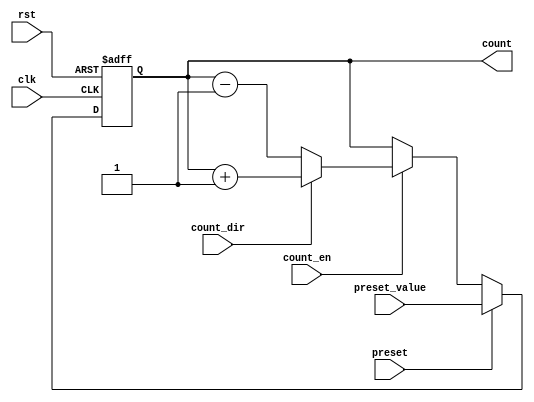
module presettable_counter (
    input wire clk,               // Clock signal
    input wire rst,               // Asynchronous reset
    input wire preset,            // Preset signal
    input wire [N-1:0] preset_value, // Value to preset the counter
    input wire count_en,          // Count enable signal
    input wire count_dir,         // Count direction (1 for up, 0 for down)
    output reg [N-1:0] count      // Current counter value
);
    parameter N = 8; // Define the size of the counter (8 bits in this case)

    // Asynchronous reset and preset operations
    always @(posedge clk or posedge rst) begin
        if (rst) begin
            count <= {N{1'b0}}; // Reset counter to 0
        end else if (preset) begin
            count <= preset_value; // Load preset value
        end else if (count_en) begin
            // Count up or down based on count_dir
            if (count_dir) begin
                count <= count + 1; // Increment
            end else begin
                count <= count - 1; // Decrement
            end
        end
    end

endmodule